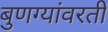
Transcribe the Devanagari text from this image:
बुणग्यांवरती